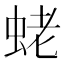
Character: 蛯